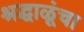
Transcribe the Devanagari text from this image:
श्रद्धाळूंचा